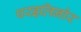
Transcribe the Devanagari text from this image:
परइलिनोर